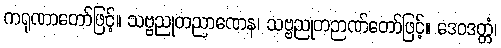
ကရုဏာတော်ဖြင့်။ သဗ္ဗညုတညာဏေန၊ သဗ္ဗညုတဉာဏ်တော်ဖြင့်။ ဒေဝဒတ္တံ၊